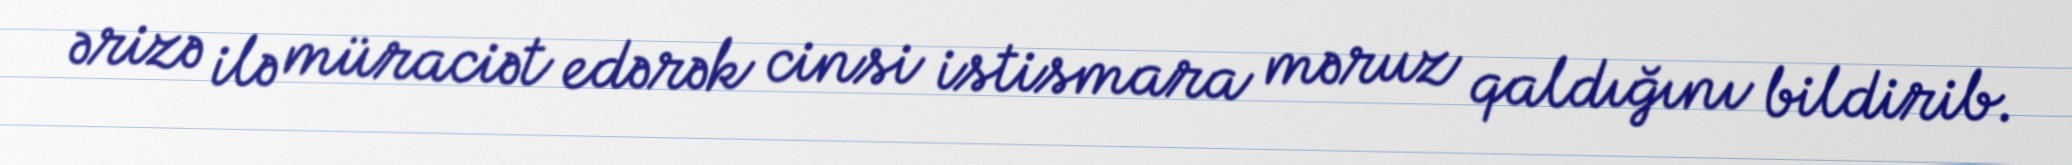
ərizə ilə müraciət edərək cinsi istismara məruz qaldığını bildirib.